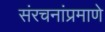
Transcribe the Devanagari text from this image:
संरचनांप्रमाणे